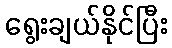
ရွေးချယ်နိုင်ပြီး